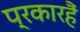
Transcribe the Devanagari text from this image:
प्रकारहैं